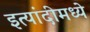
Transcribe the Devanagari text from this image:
इत्यांदीमध्ये